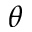
\boldsymbol { \theta }